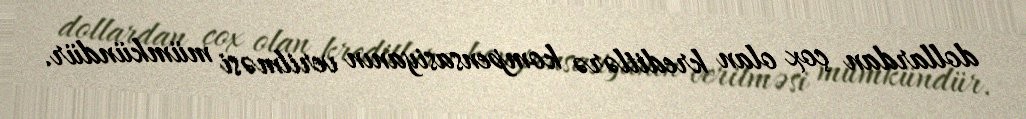
dollardan çox olan kreditlərə kompensasiyanın verilməsi mümkündür.